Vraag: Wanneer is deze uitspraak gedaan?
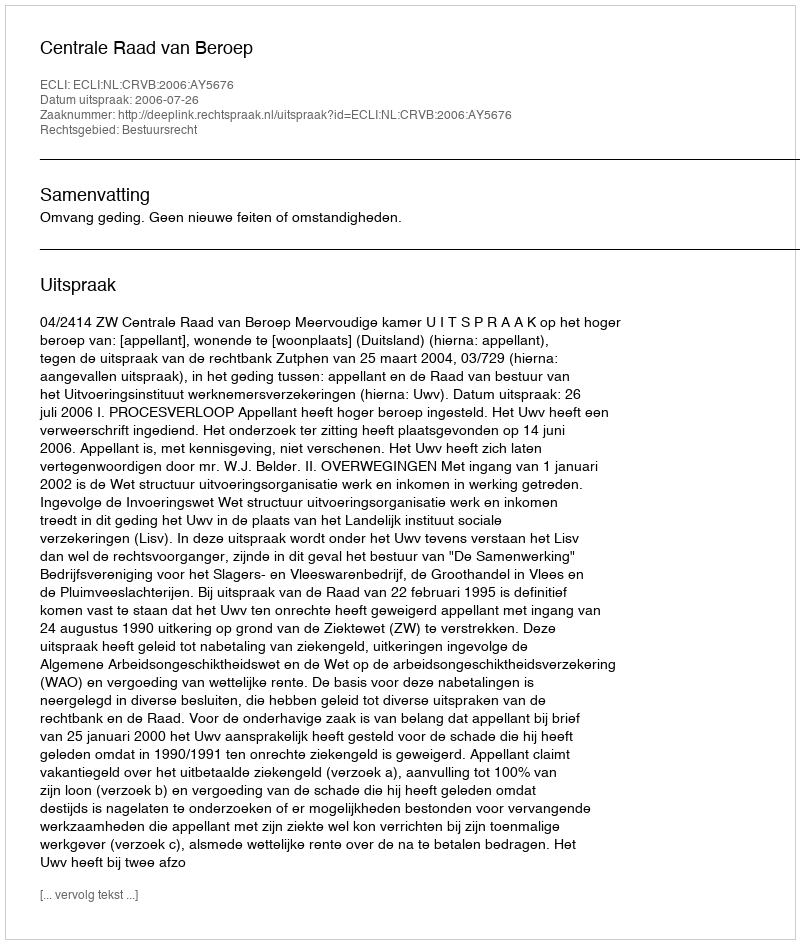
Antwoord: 2006-07-26